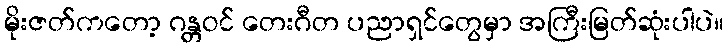
မိုးဇတ်ကတော့ ဂန္တဝင် တေးဂီတ ပညာရှင်တွေမှာ အကြီးမြတ်ဆုံးပါပဲ။